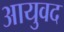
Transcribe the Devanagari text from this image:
आयुवद